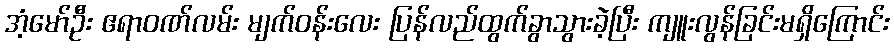
အံ့မော်ဦး ဧရာဝဏ်လမ်း မျက်ဝန်းလေး ပြန်လည်ထွက်ခွာသွားခဲ့ပြီး ကျူးလွန်ခြင်းမရှိကြောင်း